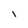
Character: I